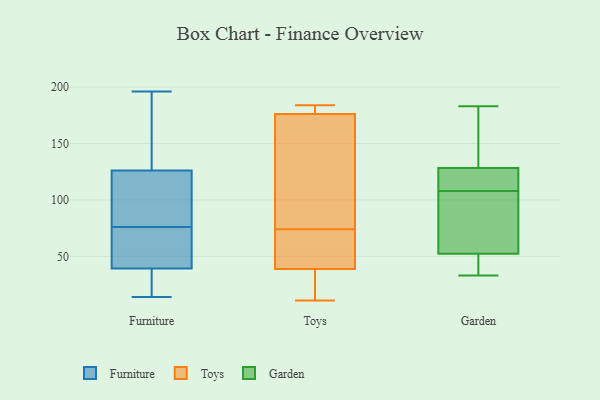
{"axis": {"x": "Market Share (%)", "y": "Value"}, "legend": ["Furniture", "Garden", "Toys"], "data": [{"x": "", "y": 111, "type": "Furniture"}, {"x": "", "y": 131, "type": "Furniture"}, {"x": "", "y": 29, "type": "Furniture"}, {"x": "", "y": 76, "type": "Furniture"}, {"x": "", "y": 52, "type": "Furniture"}, {"x": "", "y": 20, "type": "Furniture"}, {"x": "", "y": 192, "type": "Furniture"}, {"x": "", "y": 67, "type": "Furniture"}, {"x": "", "y": 79, "type": "Furniture"}, {"x": "", "y": 57, "type": "Furniture"}, {"x": "", "y": 46, "type": "Furniture"}, {"x": "", "y": 33, "type": "Furniture"}, {"x": "", "y": 146, "type": "Furniture"}, {"x": "", "y": 37, "type": "Furniture"}, {"x": "", "y": 196, "type": "Furniture"}, {"x": "", "y": 87, "type": "Furniture"}, {"x": "", "y": 187, "type": "Furniture"}, {"x": "", "y": 14, "type": "Furniture"}, {"x": "", "y": 108, "type": "Furniture"}, {"x": "", "y": 74, "type": "Toys"}, {"x": "", "y": 42, "type": "Toys"}, {"x": "", "y": 115, "type": "Toys"}, {"x": "", "y": 75, "type": "Toys"}, {"x": "", "y": 183, "type": "Toys"}, {"x": "", "y": 184, "type": "Toys"}, {"x": "", "y": 14, "type": "Toys"}, {"x": "", "y": 40, "type": "Toys"}, {"x": "", "y": 180, "type": "Toys"}, {"x": "", "y": 175, "type": "Toys"}, {"x": "", "y": 35, "type": "Toys"}, {"x": "", "y": 11, "type": "Toys"}, {"x": "", "y": 59, "type": "Toys"}, {"x": "", "y": 129, "type": "Garden"}, {"x": "", "y": 51, "type": "Garden"}, {"x": "", "y": 33, "type": "Garden"}, {"x": "", "y": 56, "type": "Garden"}, {"x": "", "y": 177, "type": "Garden"}, {"x": "", "y": 126, "type": "Garden"}, {"x": "", "y": 125, "type": "Garden"}, {"x": "", "y": 108, "type": "Garden"}, {"x": "", "y": 43, "type": "Garden"}, {"x": "", "y": 75, "type": "Garden"}, {"x": "", "y": 183, "type": "Garden"}]}